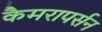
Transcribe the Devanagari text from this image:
कैमरापर्सन